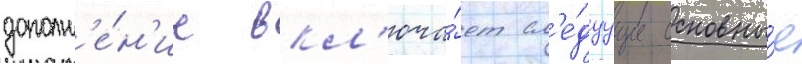
дополн'е́н'ие вкл'юча́ет сл'е́дуущие основны́е